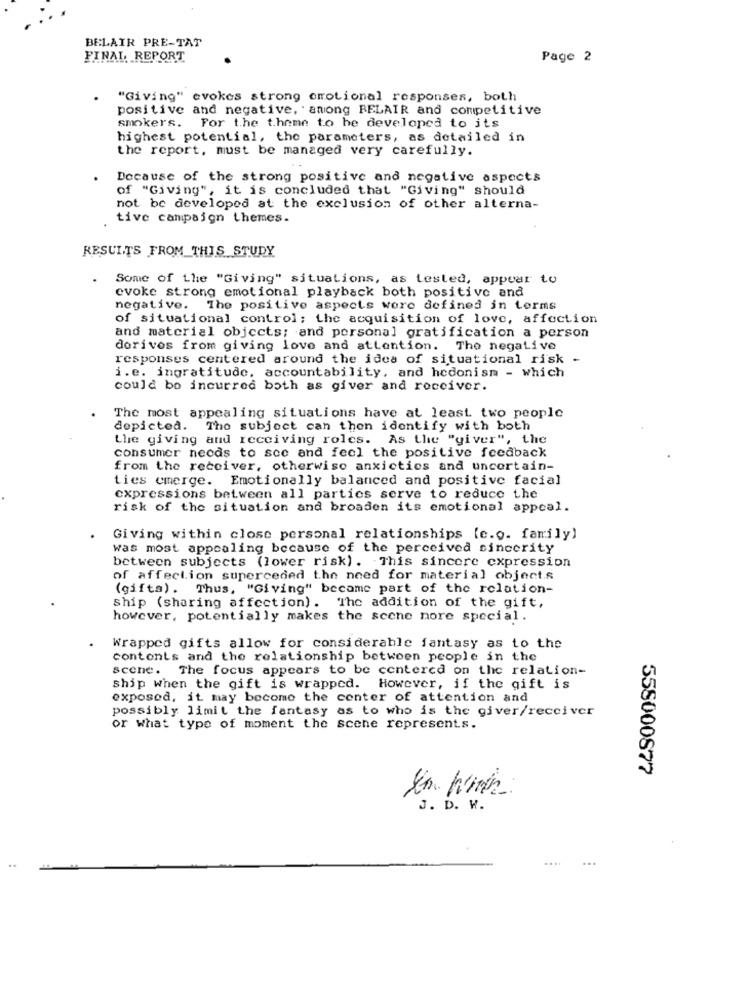
BELAIR PRE-TAT
FINAL REPORT
Page 2
"Giving" evokes strong orotional responses, both
positive and negative, among BELAIR and competitive
smokers. For the theme to he developed to its
highest potential, the parameters, as detailed in
the report, must be managed very carefully.
Decause of the strong positive and negative aspects
of "Giving", it is concluded that "Giving" should
not be developed at the exclusion of other alterna-
tive campaign themes.
RESULTS FROM THIS STUDY
Some of the "Giving" situations, as tested, appear to
evoke strong emotional playback both positive and
negative. The positive aspects were defined in terms
of situational control; the acquisition of love, affection
and material objects; and personal gratification a person
dorivos from giving love and attention. The negative
responses centered around the idea of situational risk -
i.e. ingratitude, accountability, and hedonism - which
could be incurred both as giver and roceiver.
The most appealing situations have at least two people
depicted. The subject can then identify with both
the giving and receiving roles. As the "giver", the
consumer needs to see and feel the positive feedback
from the receiver, otherwise anxictics and uncertain-
ties emerge. Emotionally balanced and positive facial
expressions between all parties serve to reduce the
risk of the situation and broaden its emotional appeal.
Giving within close personal relationships (e.g. family)
was most appealing because of the perceived sincerity
between subjects (lower risk). This sincere expression
of affection superceded the need for material objects
(gifta). Thus, "Giving" became part of the relation-
ship (sharing affection). The addition of the gift,
however, potentially makes the scene more special.
Wrapped gifts allow for considerable fantasy as to the
contents and the relationship between people in the
scene. The focus appears to be centered on the relation-
ship when the gift is wrapped. However, if the gift is
exposed, it may become the center of attention and
possibly limit the fantasy as to who is the giver/receiver
or what type of moment the scene represents.
558000877
5.
J. D. W.